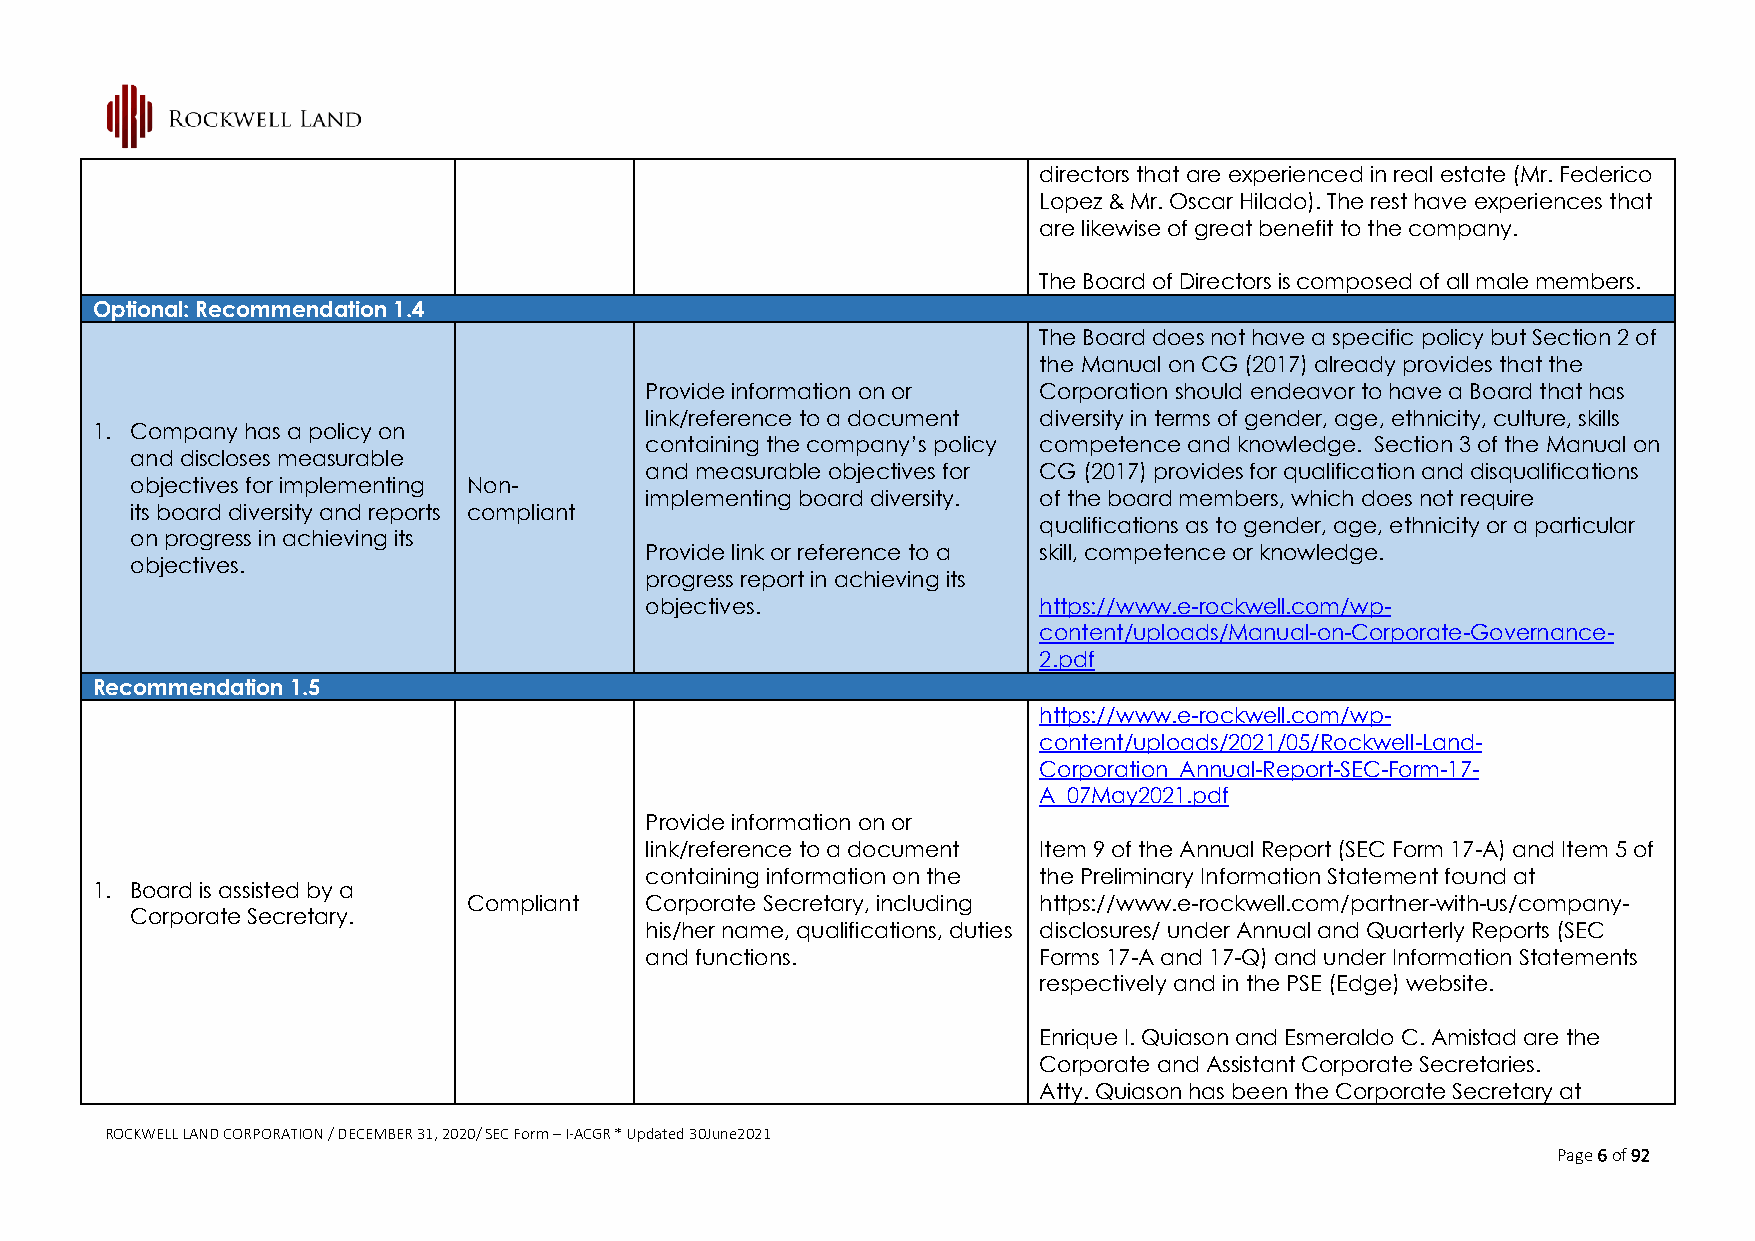
directors that are experienced in real estate (Mr. Federico
 Lopez & Mr. Oscar Hilado). The rest have experiences that
 are likewise of great benefit to the company.
 The Board of Directors is composed of all male members.
 Optional: Recommendation 1.4
 The Board does not have a specific policy but Section 2 of
 the Manual on CG (2017) already provides that the
 Provide information on or Corporation should endeavor to have a Board that has
 link/reference to a document diversity in terms of gender, age, ethnicity, culture, skills
 1. Company has a policy on
 containing the company’s policy competence and knowledge. Section 3 of the Manual on
 and discloses measurable
 and measurable objectives for CG (2017) provides for qualification and disqualifications
 objectives for implementing Non-
 implementing board diversity. of the board members, which does not require
 its board diversity and reports compliant
 qualifications as to gender, age, ethnicity or a particular
 on progress in achieving its
 Provide link or reference to a skill, competence or knowledge.
 objectives.
 progress report in achieving its
 objectives.               https://www.e-rockwell.com/wp-
 content/uploads/Manual-on-Corporate-Governance-
 2.pdf
 Recommendation 1.5
 https://www.e-rockwell.com/wp-
 content/uploads/2021/05/Rockwell-Land-
 Corporation_Annual-Report-SEC-Form-17-
 A_07May2021.pdf
 Provide information on or
 link/reference to a document Item 9 of the Annual Report (SEC Form 17-A) and Item 5 of
 containing information on the the Preliminary Information Statement found at
 1. Board is assisted by a
 Compliant   Corporate Secretary, including https://www.e-rockwell.com/partner-with-us/company-
 Corporate Secretary.
 his/her name, qualifications, duties disclosures/ under Annual and Quarterly Reports (SEC
 and functions.            Forms 17-A and 17-Q) and under Information Statements
 respectively and in the PSE (Edge) website.
 Enrique I. Quiason and Esmeraldo C. Amistad are the
 Corporate and Assistant Corporate Secretaries.
 Atty. Quiason has been the Corporate Secretary at
 ROCKWELL LAND CORPORATION / DECEMBER 31, 2020/ SEC Form – I-ACGR * Updated 30June2021
 Page 6 of 92